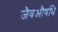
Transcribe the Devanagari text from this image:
जैवऔषधि